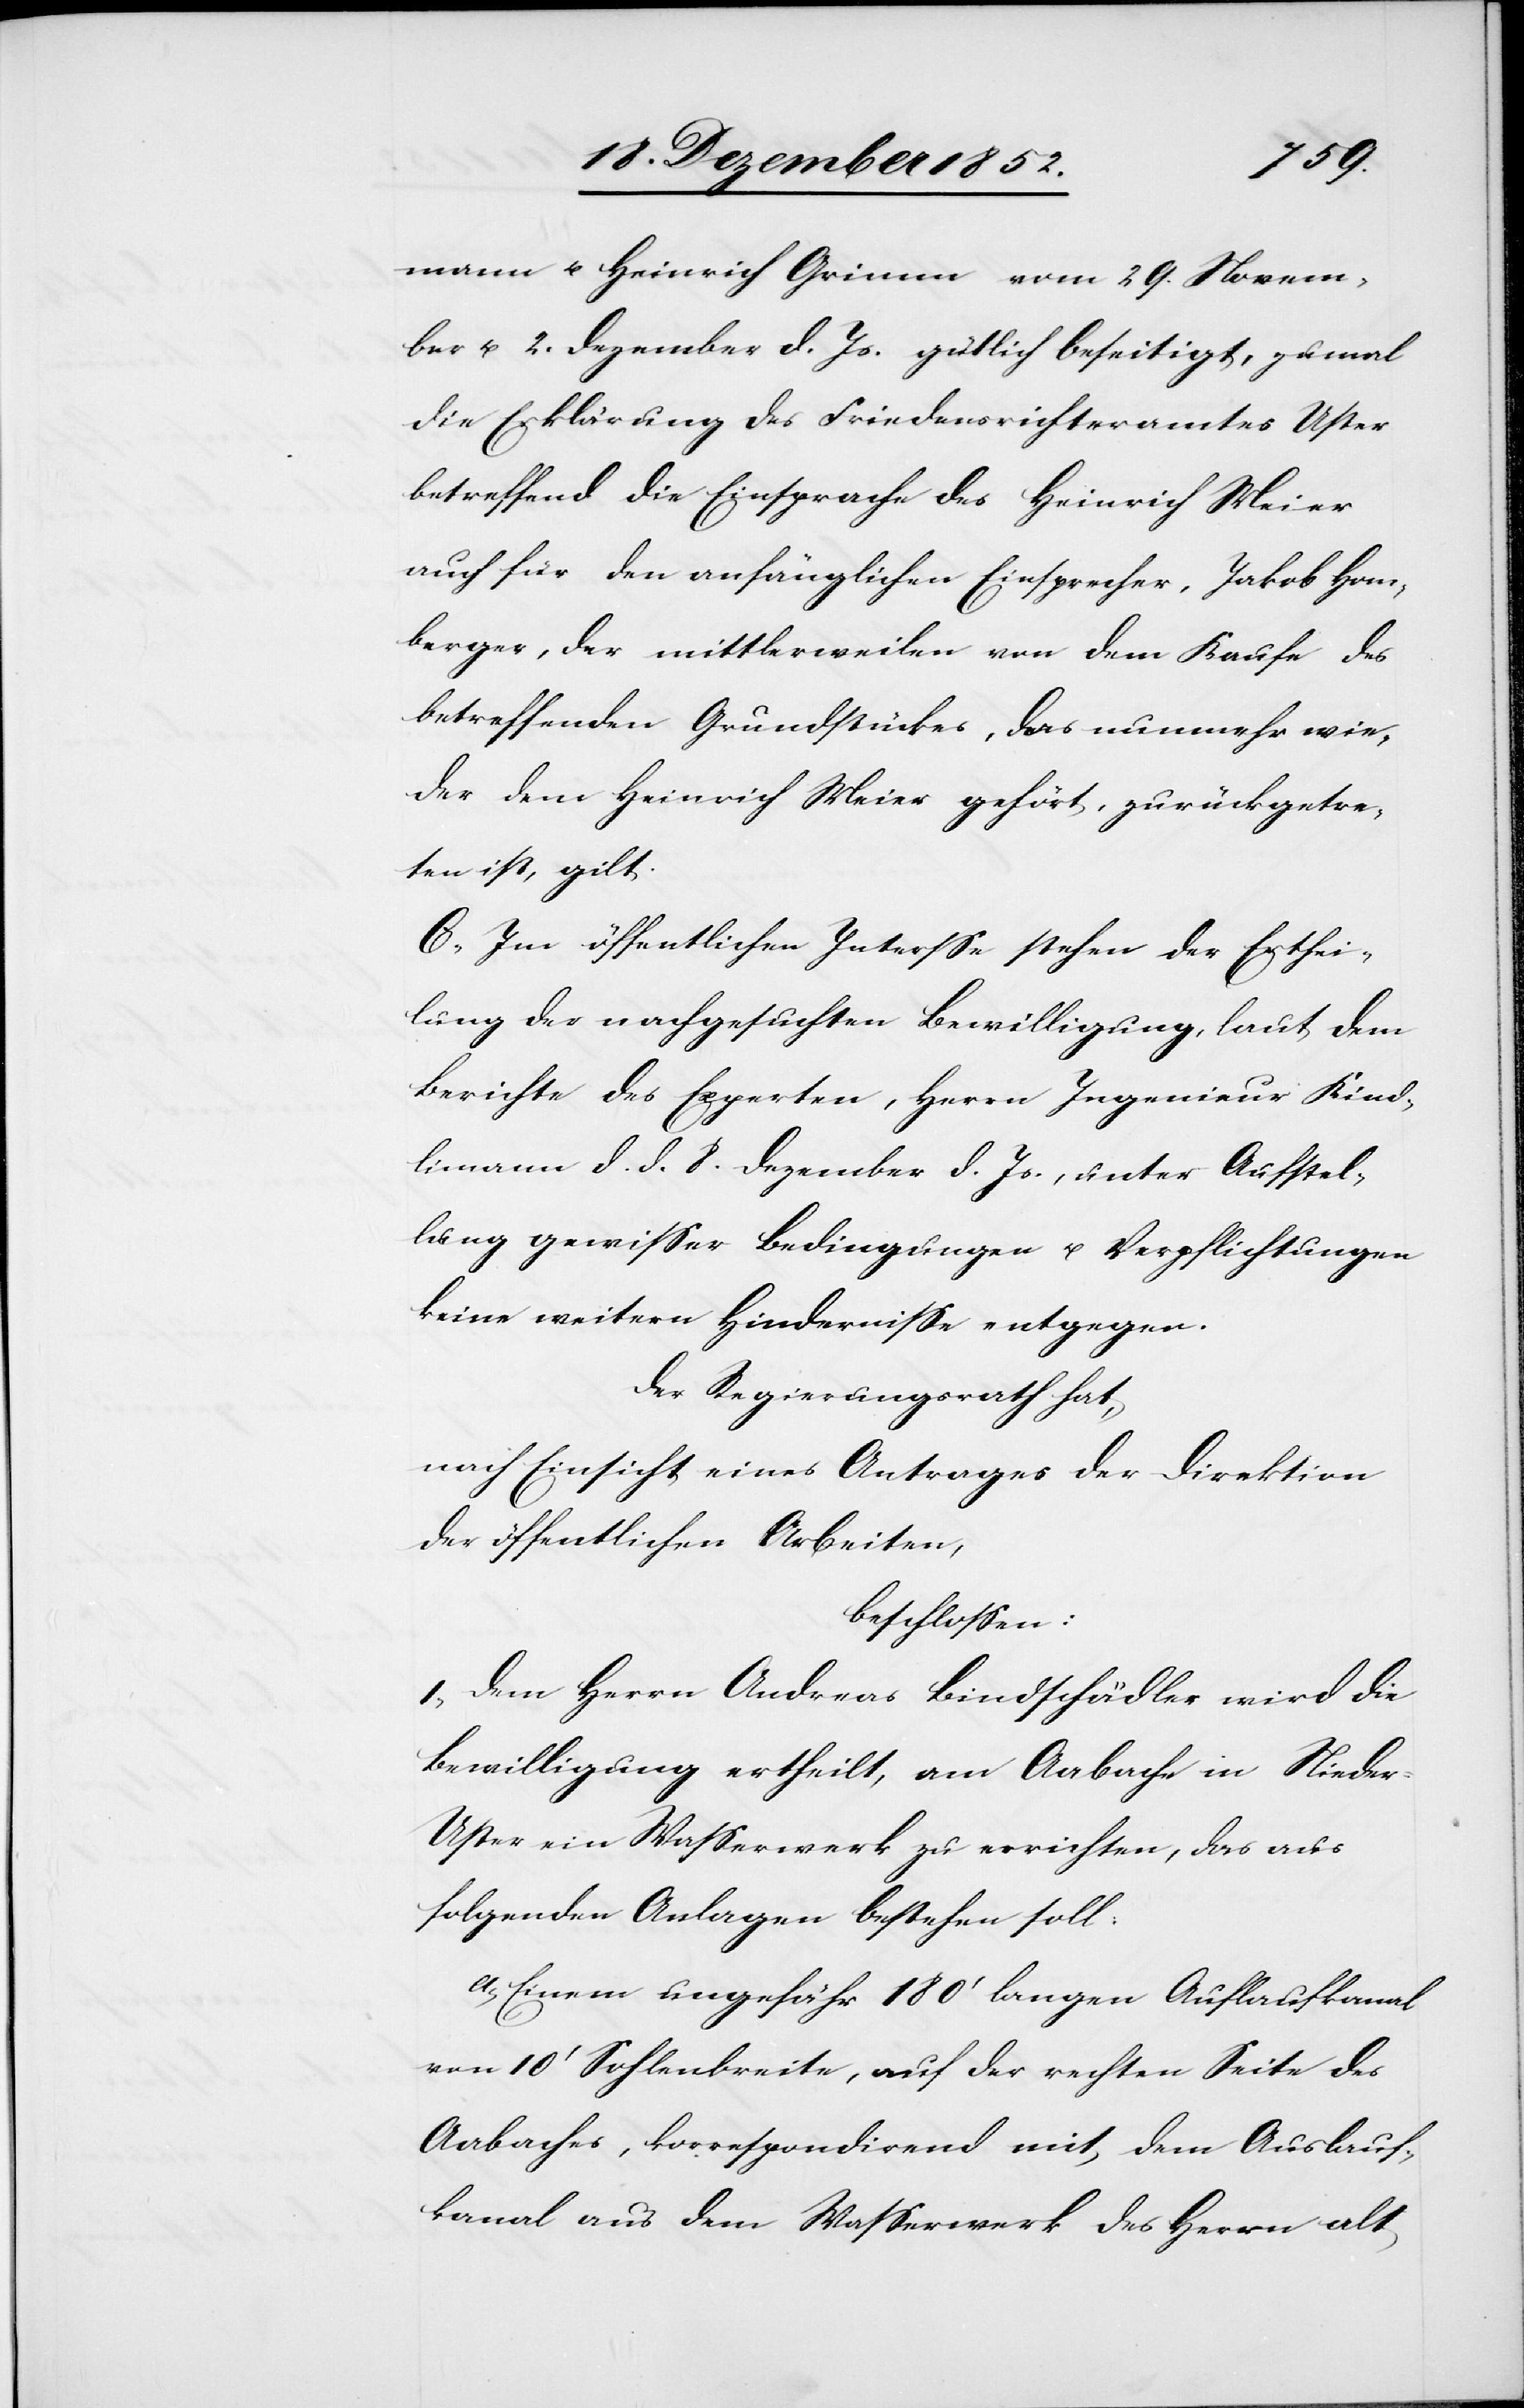
mann u. Heinrich Grimm vom 29. Novem¬
ber u. 2. Dezember d. Js. gütlich beseitigt, zumal
die Erklärung des Friedensrichteramtes Uster
betreffend die Einsprache des Heinrich Meier
auch für den anfänglichen Einsprecher, Jakob Hom¬
berger, der mittlerweilen von dem Kaufe des
betreffenden Grundstückes, das nunmehr wie¬
der dem Heinrich Meier gehört, zurückgetre¬
ten ist, gilt.
C, Im öffentlichen Inter[e]sse stehen der Erthei¬
lung der nachgesuchten Bewilligung, laut dem
Berichte des Experten, Herrn Ingenieur Kind¬
limann d. d. 8. Dezember d. Js., unter Aufstel¬
lung gewisser Bedingungen u. Verpflichtungen
keine weitern Hindernisse entgegen.
Der Regierungsrath hat,
nach Einsicht eines Antrages der Direktion
der öffentlichen Arbeiten,
beschlossen:
I, Dem Herrn Andreas Bindschädler wird die
Bewilligung ertheilt, am Aabache in Niede¬
r-Uster ein Wasserwerk zu errichten, das aus
folgenden Anlagen bestehen soll:
A,] Einem ungefähr 180‘ langen Auflaufkanal
von 10‘ Sohlenbreite, auf der rechten Seite des
Aabaches, korrespondirend mit dem Auslauf¬
kanal aus dem Wasserwerk des Herrn alt